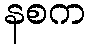
နစက